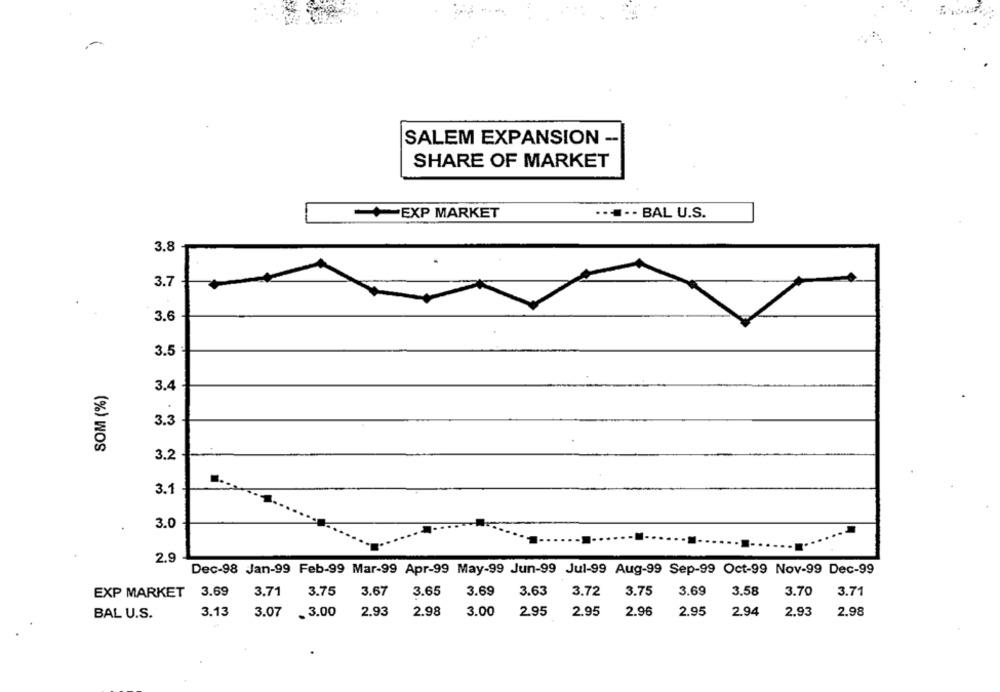
-
SALEM EXPANSION --
SHARE OF MARKET
EXP MARKET
....- BAL U.S.
3.8
3.7
3.6
3.5
SOM (%)
3.4
3.3
3.2
3.1
3.0
2.9
Dec-98 Jan-99 Feb-99 Mar-99 Apr-99 May-99 Jun-99 Jul-99 Aug-99 Sep-99 Oct-99 Nov-99 Dec-99
EXP MARKET
3.69
3.71
3.75
3.67
3.65
3.69
3.63
3.72
3.75
3.69
3.58
3.70
3.71
BAL U.S.
3.13
3.07 - 3.00
2.93
2.98
3.00
2.95
2.95
2.96
2.95
2.94
2.93
2.98